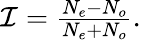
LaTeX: \begin{array}{r}{\mathcal I=\frac{N_{e}-N_{o}}{N_{e}+N_{o}}.}\end{array}